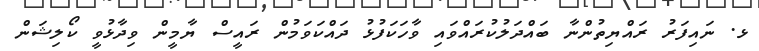
ޅ. ނައިފަރު ރައްޔިތުންނާ ބައްދަލުކުރައްވައި ވާހަކަފުޅު ދައްކަވަމުން ރައީސް ޔާމީން ވިދާޅުވީ ކޯލިޝަން